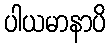
ပါယမာနာပိ